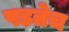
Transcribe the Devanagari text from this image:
पडतेच